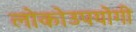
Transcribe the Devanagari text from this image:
लोकोउपयोगी